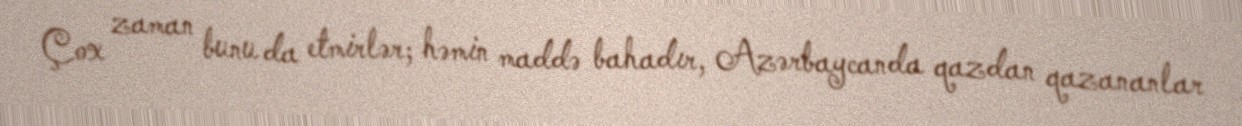
Çox zaman bunu da etmirlər; həmin maddə bahadır, Azərbaycanda qazdan qazananlar